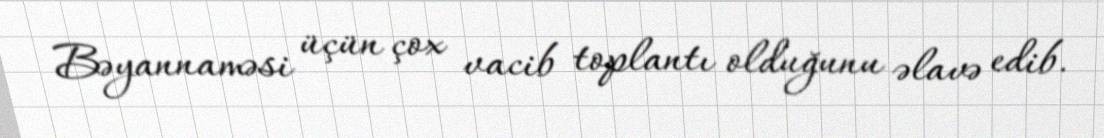
Bəyannaməsi üçün çox vacib toplantı olduğunu əlavə edib.